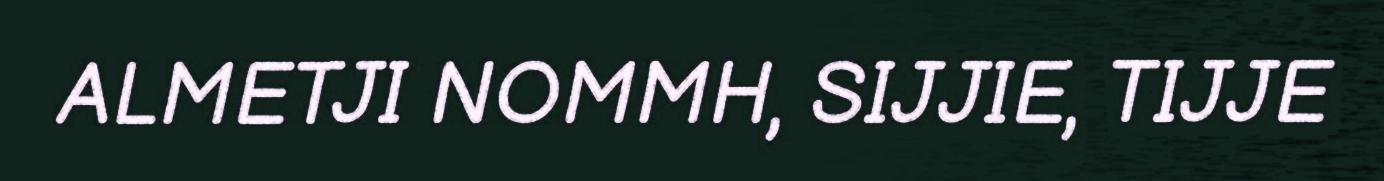
ALMETJI NOMMH, SIJJIE, TIJJE